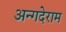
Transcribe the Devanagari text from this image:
अन्गदेराम